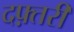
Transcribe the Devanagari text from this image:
दफ़्तरी